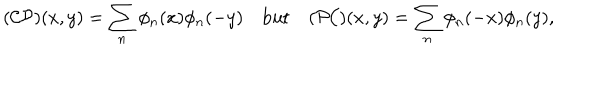
LaTeX: ( { \cal C P } ) ( x , y ) = \sum _ { n } \phi _ { n } ( x ) \phi _ { n } ( - y ) \quad \mathrm { b u t } \quad ( { \cal P C } ) ( x , y ) = \sum _ { n } \phi _ { n } ( - x ) \phi _ { n } ( y ) ,